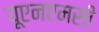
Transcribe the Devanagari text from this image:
यूएनएमसी